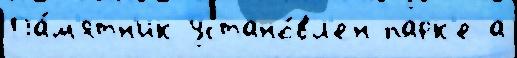
Па́м'ятн'ик устано́вл'ен парк'е а